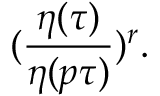
( \frac { \eta ( { \tau } ) } { \eta ( p \tau ) } ) ^ { r } .